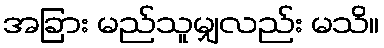
အခြား မည်သူမျှလည်း မသိ။